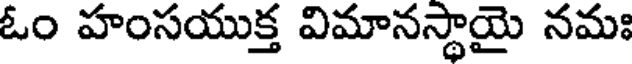
ఓం హంసయుక్త విమానస్థాయై నమః